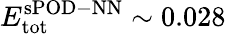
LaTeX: E_{\mathrm{tot}}^{\mathrm{sPOD-NN}}\sim 0.028